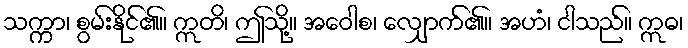
သက္ကာ၊ စွမ်းနိုင်၏။ ဣတိ၊ ဤသို့။ အဝေါစ၊ လျှောက်၏။ အဟံ၊ ငါသည်။ ဣဓ၊